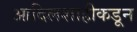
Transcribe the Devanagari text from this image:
आदिलशाहीकडून